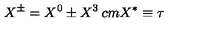
X ^ { \pm } = X ^ { 0 } \pm X ^ { 3 } \hspace * { 2 c m } X ^ { * } \equiv \tau